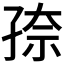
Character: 𰌫